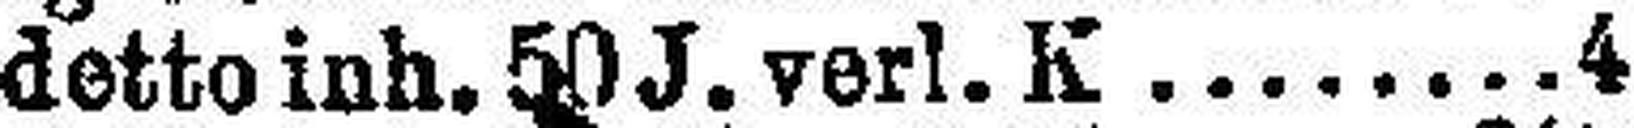
detto inh. 50 J. verl. K. 4